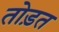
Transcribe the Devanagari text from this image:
तोड़त